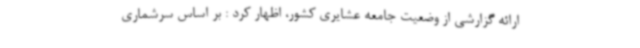
ارائه گزارشی از وضعیت جامعه عشایری کشور، اظهار کرد : بر اساس سرشماری